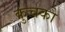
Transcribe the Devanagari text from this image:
कुंचको